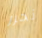
نحرر